Martna_vallavalitsus, lk 17
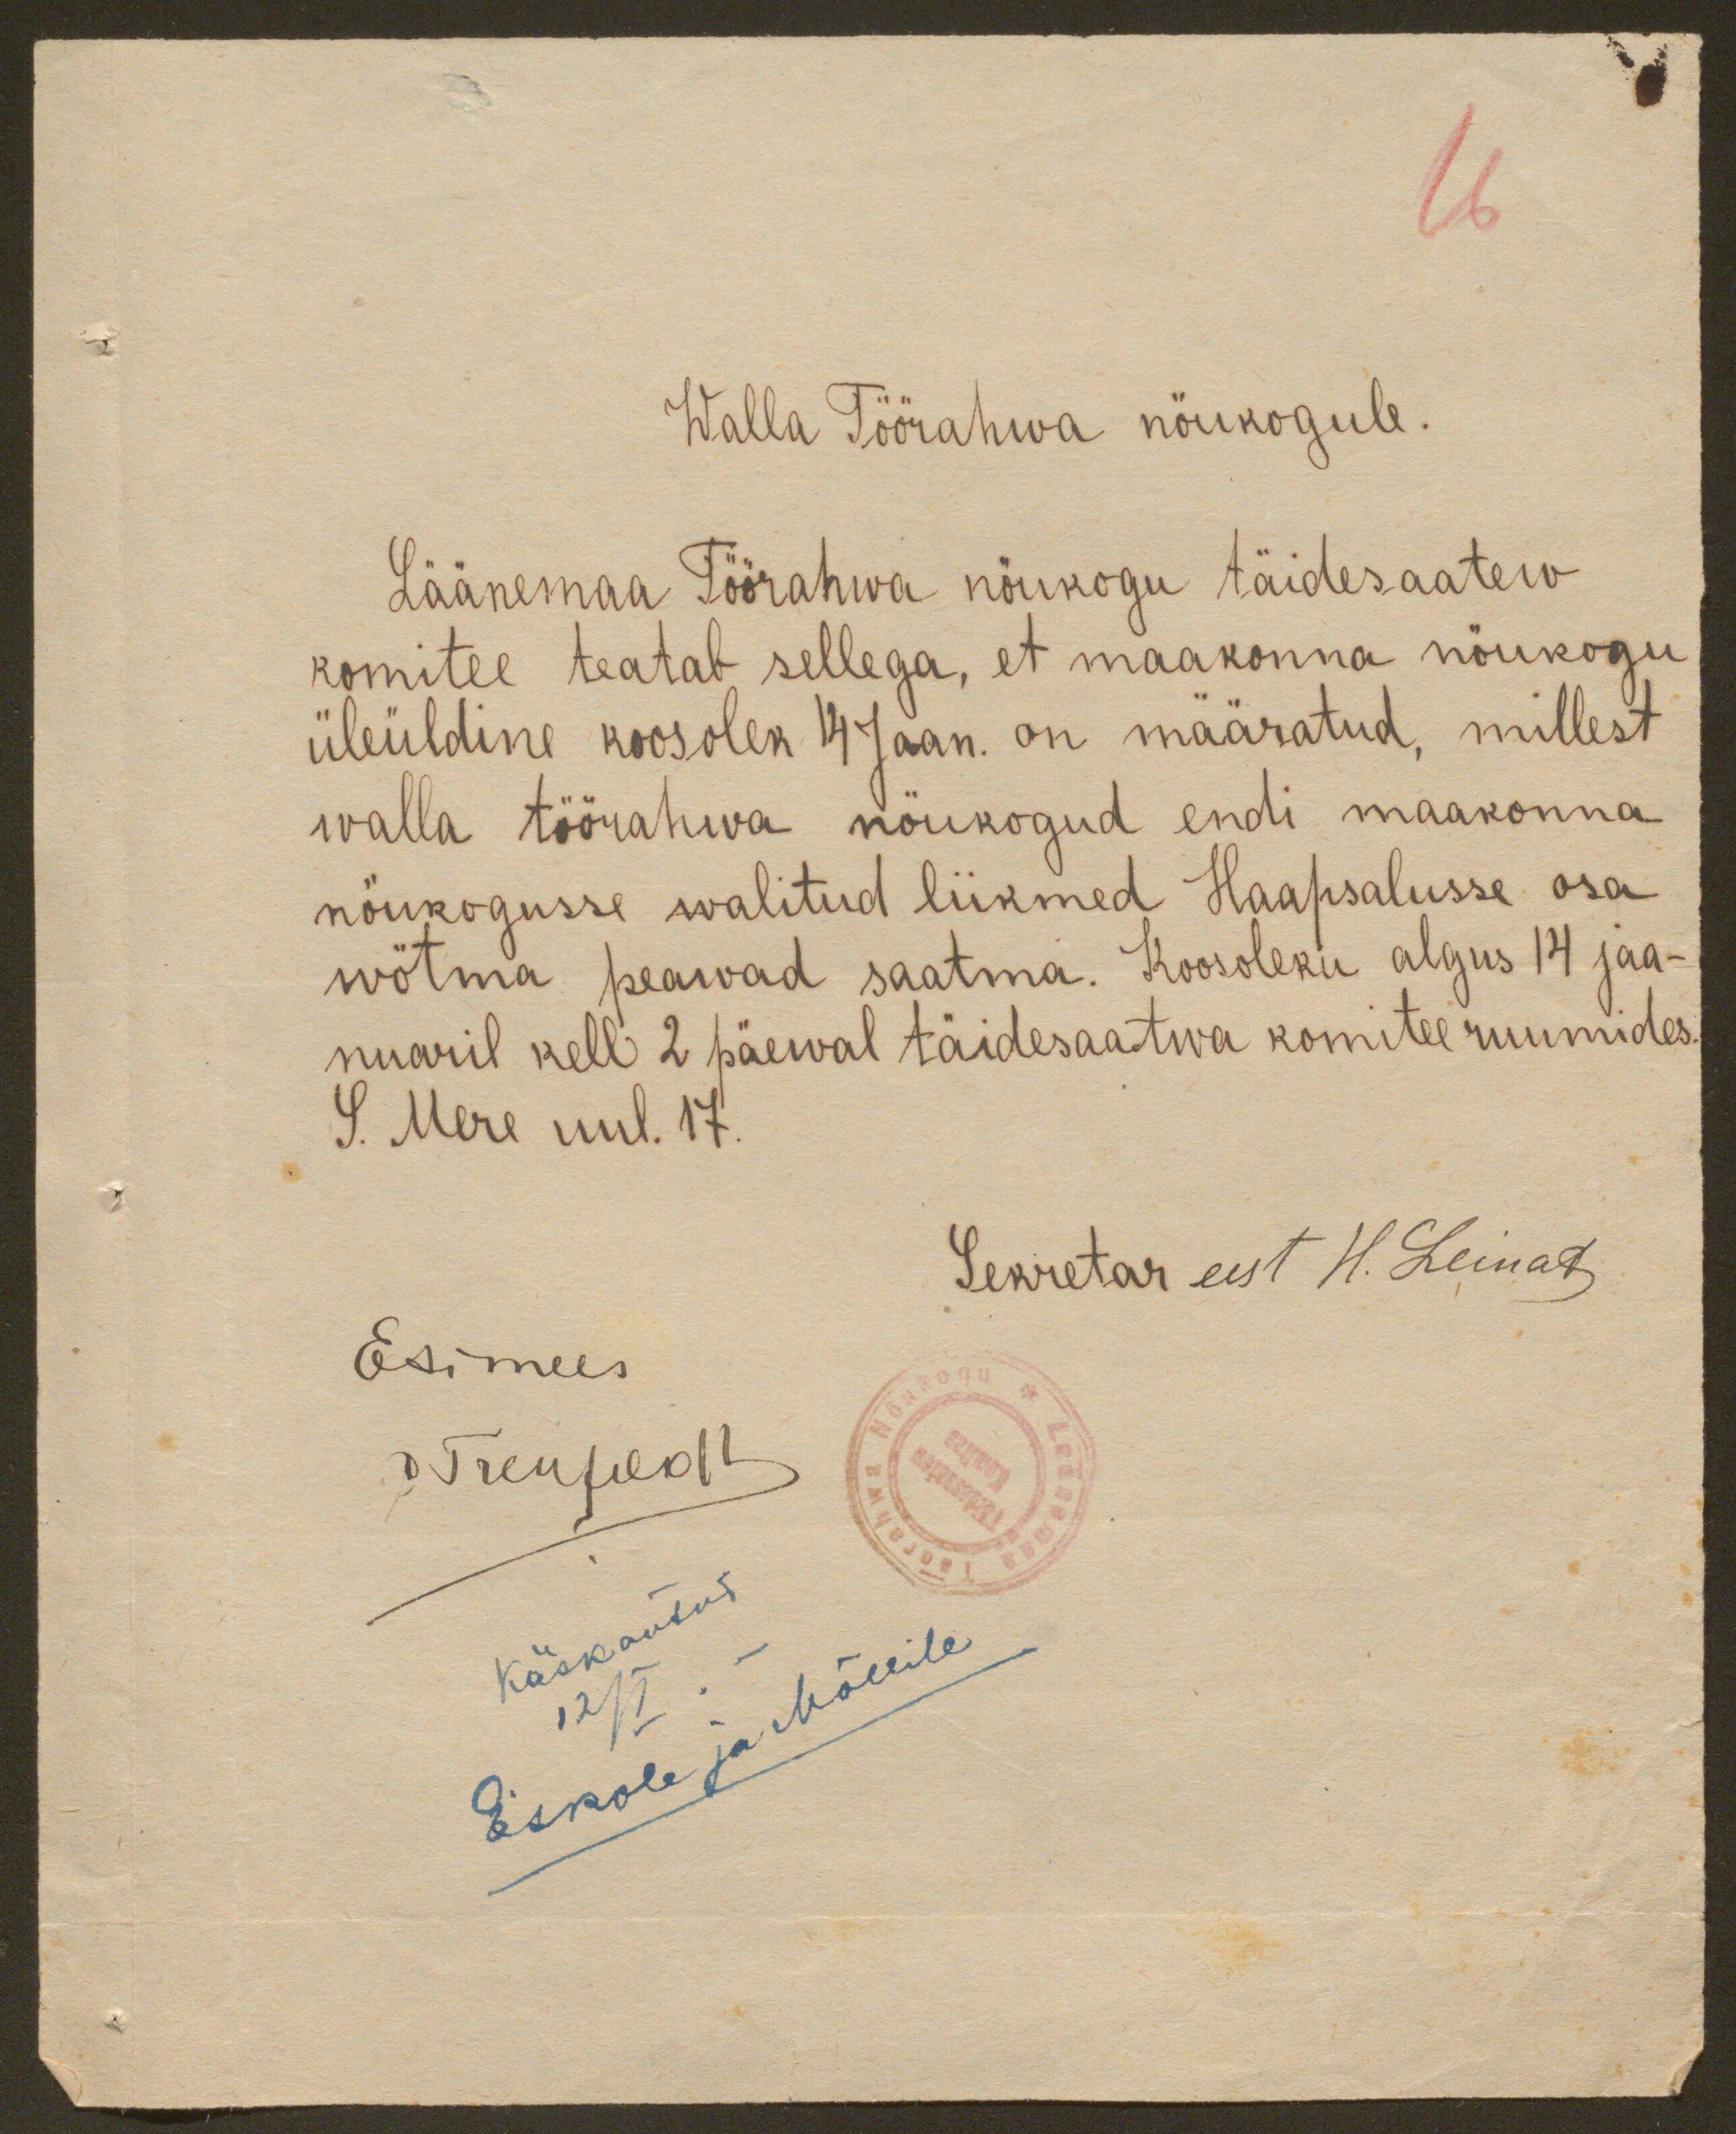
16

Walla Töörahwa nõukogule.
Läänemaa Töörahwa nõukogu täidesaatew
komitee teatab sellega, et maakonna nõukogu
üleüldine koosolek 14 Jaan. on määratud, millest
walla töörahwa nõukogud endi maakonna
nöukogusse walitud liikmed Haapsalusse osa
wötma peawad saatma. Koosoleku algus 14 jaa-
nuaril kell 2 päewal täidesaatwa komitee ruumides.
S. Mere uul. 17.
Sekretar eest H. Leinat
Esimees
C Treufeldt
Käsk antud
12/I. -
Eskole ja Mõllile